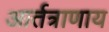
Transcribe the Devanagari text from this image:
आर्तत्राणाय